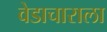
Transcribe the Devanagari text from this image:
वेडाचाराला